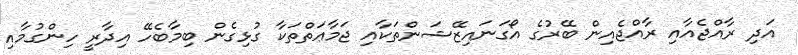
އަދި ރާއްޖެއާއި ރާއްޖެއިން ބޭރުގެ އޯގަނައިޒޭޝަންތަކާއި ޖަމާޢަތްތަކާ ގުޅިގެން ބިމާބެހޭ އިދާރީ ހިންގުމާއި